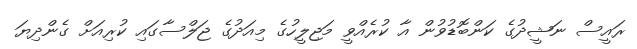
ރައީސް ނަޝީދުގެ ކަންބޮޑުވުން އާ ކުރެއްވީ މަޖިލީހުގެ މިއަދުގެ ޖަލްސާގައި ކުރިއަށް ގެންދިޔަ